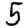
Digit: 5